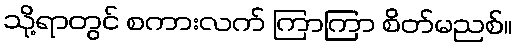
သို့ရာတွင် စကားလက် ကြာကြာ စိတ်မညစ်။